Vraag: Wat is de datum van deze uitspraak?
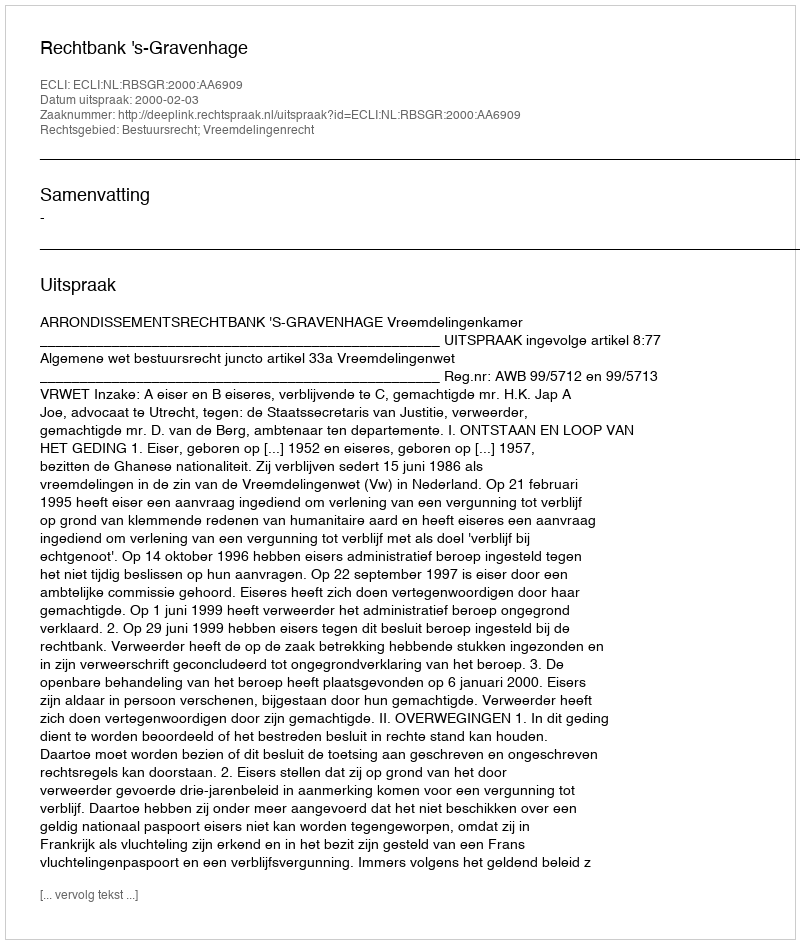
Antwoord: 2000-02-03